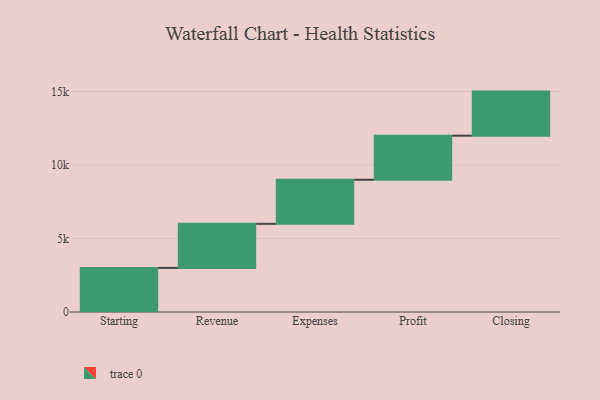
{"axis": {"x": "Step", "y": "Value"}, "legend": [""], "data": [{"x": "Starting", "y": 3000, "type": ""}, {"x": "Revenue", "y": 3000, "type": ""}, {"x": "Expenses", "y": 3000, "type": ""}, {"x": "Profit", "y": 3000, "type": ""}, {"x": "Closing", "y": 3000, "type": ""}]}